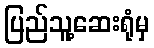
ပြည်သူ့ဆေးရုံမှ